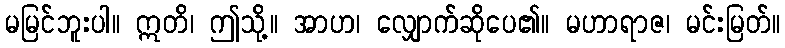
မမြင်ဘူးပါ။ ဣတိ၊ ဤသို့။ အာဟ၊ လျှောက်ဆိုပေ၏။ မဟာရာဇ၊ မင်းမြတ်။